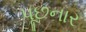
પૂછનાર